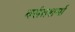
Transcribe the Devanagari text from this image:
वसंतशर्मा